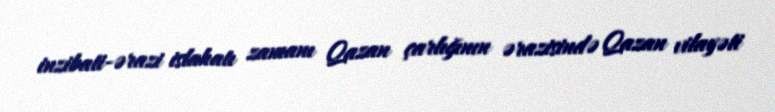
inzibati-ərazi islahatı zamanı Qazan çarlığının ərazisində Qazan vilayəti